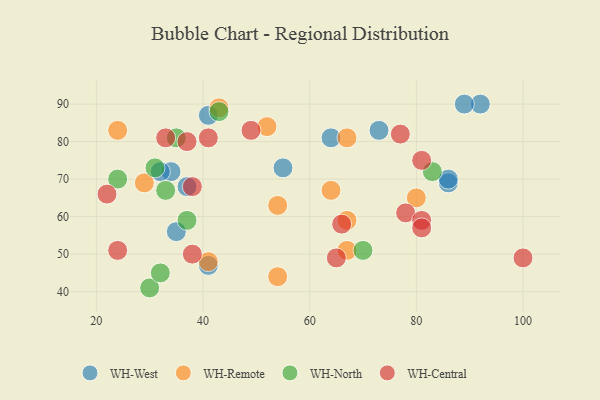
{"axis": {"x": "GDP", "y": "Life Expectancy"}, "legend": ["WH-Central", "WH-North", "WH-Remote", "WH-West"], "data": [{"x": "64", "y": 81, "type": "WH-West"}, {"x": "86", "y": 69, "type": "WH-West"}, {"x": "86", "y": 70, "type": "WH-West"}, {"x": "55", "y": 73, "type": "WH-West"}, {"x": "34", "y": 72, "type": "WH-West"}, {"x": "92", "y": 90, "type": "WH-West"}, {"x": "41", "y": 87, "type": "WH-West"}, {"x": "35", "y": 56, "type": "WH-West"}, {"x": "41", "y": 47, "type": "WH-West"}, {"x": "89", "y": 90, "type": "WH-West"}, {"x": "32", "y": 72, "type": "WH-West"}, {"x": "73", "y": 83, "type": "WH-West"}, {"x": "37", "y": 68, "type": "WH-West"}, {"x": "67", "y": 81, "type": "WH-Remote"}, {"x": "54", "y": 44, "type": "WH-Remote"}, {"x": "52", "y": 84, "type": "WH-Remote"}, {"x": "64", "y": 67, "type": "WH-Remote"}, {"x": "54", "y": 63, "type": "WH-Remote"}, {"x": "67", "y": 51, "type": "WH-Remote"}, {"x": "41", "y": 48, "type": "WH-Remote"}, {"x": "43", "y": 89, "type": "WH-Remote"}, {"x": "80", "y": 65, "type": "WH-Remote"}, {"x": "29", "y": 69, "type": "WH-Remote"}, {"x": "24", "y": 83, "type": "WH-Remote"}, {"x": "67", "y": 59, "type": "WH-Remote"}, {"x": "24", "y": 70, "type": "WH-North"}, {"x": "30", "y": 41, "type": "WH-North"}, {"x": "31", "y": 73, "type": "WH-North"}, {"x": "83", "y": 72, "type": "WH-North"}, {"x": "43", "y": 88, "type": "WH-North"}, {"x": "32", "y": 45, "type": "WH-North"}, {"x": "33", "y": 67, "type": "WH-North"}, {"x": "70", "y": 51, "type": "WH-North"}, {"x": "35", "y": 81, "type": "WH-North"}, {"x": "37", "y": 59, "type": "WH-North"}, {"x": "100", "y": 49, "type": "WH-Central"}, {"x": "81", "y": 75, "type": "WH-Central"}, {"x": "66", "y": 58, "type": "WH-Central"}, {"x": "38", "y": 50, "type": "WH-Central"}, {"x": "77", "y": 82, "type": "WH-Central"}, {"x": "38", "y": 68, "type": "WH-Central"}, {"x": "33", "y": 81, "type": "WH-Central"}, {"x": "22", "y": 66, "type": "WH-Central"}, {"x": "78", "y": 61, "type": "WH-Central"}, {"x": "41", "y": 81, "type": "WH-Central"}, {"x": "37", "y": 80, "type": "WH-Central"}, {"x": "24", "y": 51, "type": "WH-Central"}, {"x": "81", "y": 59, "type": "WH-Central"}, {"x": "81", "y": 57, "type": "WH-Central"}, {"x": "65", "y": 49, "type": "WH-Central"}, {"x": "49", "y": 83, "type": "WH-Central"}]}